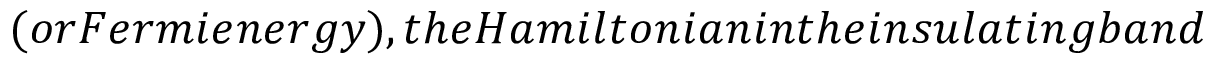
( o r F e r m i e n e r g y ) , t h e H a m i l t o n i a n i n t h e i n s u l a t i n g b a n d